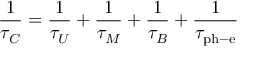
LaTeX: { \frac { 1 } { \tau _ { C } } } = { \frac { 1 } { \tau _ { U } } } + { \frac { 1 } { \tau _ { M } } } + { \frac { 1 } { \tau _ { B } } } + { \frac { 1 } { \tau _ { \mathrm { p h - e } } } }